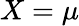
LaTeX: X=\mu